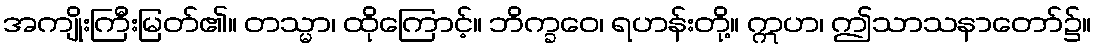
အကျိုးကြီးမြတ်၏။ တသ္မာ၊ ထိုကြောင့်။ ဘိက္ခဝေ၊ ရဟန်းတို့။ ဣဟ၊ ဤသာသနာတော်၌။